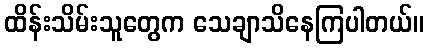
ထိန်းသိမ်းသူတွေက သေချာသိနေကြပါတယ်။